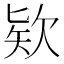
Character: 欵